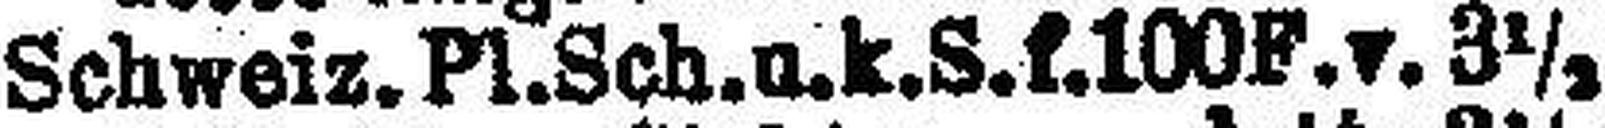
Schweiz. Pl. Sch. u. k. S. f. 100F. v. 3½